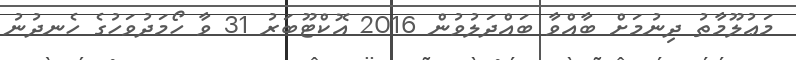
މަޢުލޫމާތު ދިނުމަށް ބާއްވާ ބައްދަލުވުން 2016 އޮކްޓޫބަރު 31 ވާ ހޯމަދުވަހުގެ ހެނދުނު